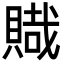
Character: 賳